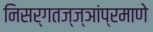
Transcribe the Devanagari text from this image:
निसर्गतज्ज्ञांप्रमाणे